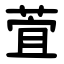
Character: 萓